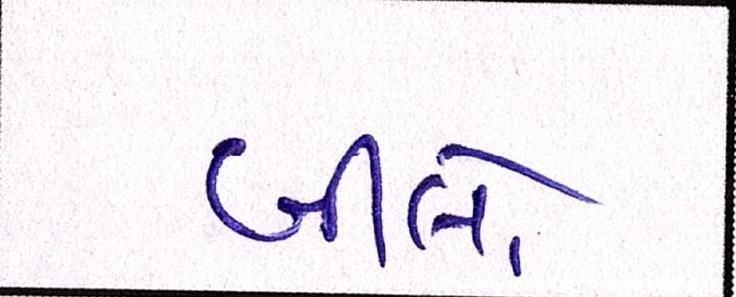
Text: બીલો